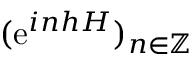
( \ensuremath { \mathrm { e } } ^ { i n h H } ) _ { n \in \mathbb { Z } }